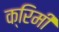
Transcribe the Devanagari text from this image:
क्रिमी